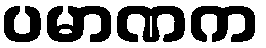
ပမာဏက